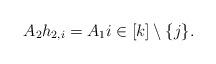
LaTeX: \begin{align*}A_2 h_{2,i} = A_1 i\in[k]\setminus\{j\}.\end{align*}